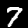
Digit: 7